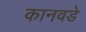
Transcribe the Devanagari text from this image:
कानवडे